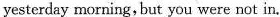
yesterday morning, but you were not in.